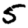
Digit: 5